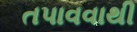
તપાવવાથી